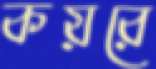
কয়রে